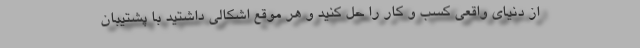
از دنیای واقعی کسب و کار را حل کنید و هر موقع اشکالی داشتید با پشتیبان